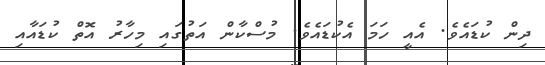
ދިން ކުޑައެވެ. އެއީ ހަމަ އެކުޑައެވެ. މުސްކާން އަތުގައި މިހާރު އޮތް ކުޑައާއި